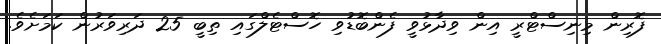
ފޮރިން މިނިސްޓްރީ އިން ވިދާޅުވީ ފެންބޮޑުވި ހޮސްޓެލްގައި ތިބީ 25 ދަރިވަރުން ކަމަށެވެ.